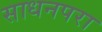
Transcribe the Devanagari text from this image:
साधनपरा